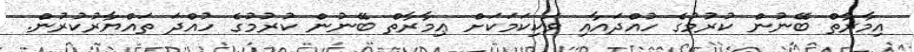
އިމާރާތް ބޭނުން ކުރުމުގެ ހުއްދައާއި ވަކިކަމަކަށް ޢިމާރާތް ބޭނުން ކުރުމުގެ ހުއްދަ ތައްޔާރުކުރުން.